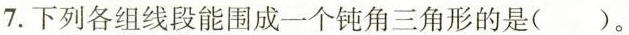
7.下列各组线段能围成一个钝角三角形的是（）。